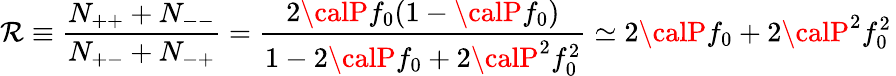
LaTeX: \mathcal{R}\equiv{\frac{{N_{++}+N_{--}}}{{N_{+-}+N_{-+}}}}={\frac{{2{\calP}f_{0}(1-{\calP}f_{0})}}{{1-2{\calP}f_{0}+2{\calP}^{2}f_{0}^{2}}}}\simeq2{\calP}f_{0}+2{\calP}^{2}f_{0}^{2}\,